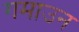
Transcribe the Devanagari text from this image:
गमाउन